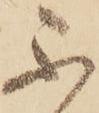
不